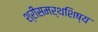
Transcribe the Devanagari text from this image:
श्रीसमर्थशिष्य